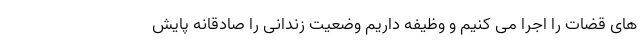
های قضات را اجرا می کنیم و وظیفه داریم وضعیت زندانی را صادقانه پایش